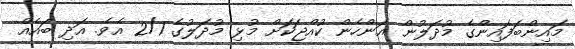
މައިންބަފައިންގެ މުދަލުން އަންހެން ކުއްޖަކަށް މުޅި މުދަލުގެ 2/1 އެވެ. އަދި ބައެއް